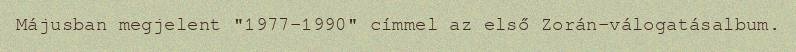
Májusban megjelent "1977–1990" címmel az első Zorán-válogatásalbum.